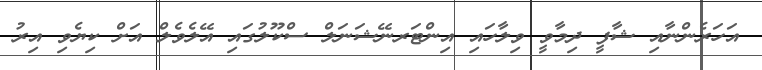
އަހަރެންނާއި ޝާފީ ދިމާވީ ވިލާހައި އިންޓަރނޭޝަނަލް ސްކޫލުގައި އޭލެވެލް އަށް ކިޔެވި އިރު